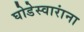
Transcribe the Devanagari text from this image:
घोडेस्वारांना